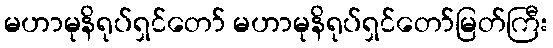
မဟာမုနိရုပ်ရှင်တော် မဟာမုနိရုပ်ရှင်တော်မြတ်ကြီး